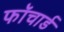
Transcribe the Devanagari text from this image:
फॉचार्ड